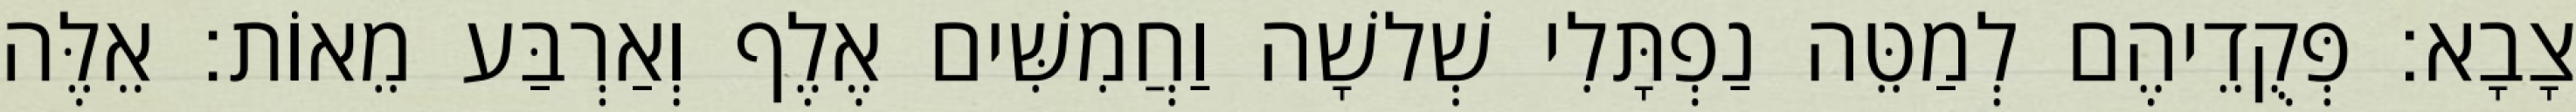
צָבָא׃ פְּקֻדֵיהֶם לְמַטֵּה נַפְתָּלִי שְׁלשָׁה וַחֲמִשִּׁים אֶלֶף וְאַרְבַּע מֵאוֹת׃ אֵלֶּה